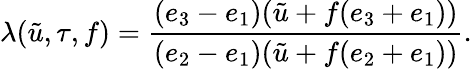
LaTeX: \lambda(\tilde{u},\tau,f)=\frac{(e_{3}-e_{1})(\tilde{u}+f(e_{3}+e_{1}))}{(e_{2}-e_{1})(\tilde{u}+f(e_{2}+e_{1}))}.